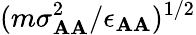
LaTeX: (m\sigma_{\mathbf{A}\mathbf{A}}^{2}/\epsilon_{\mathbf{A}\mathbf{A}})^{1/2}